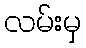
လမ်းမှ